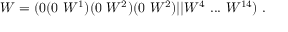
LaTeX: W = ( 0 ( 0 ~ W ^ { 1 } ) ( 0 ~ W ^ { 2 } ) ( 0 ~ W ^ { 2 } ) \vert \vert W ^ { 4 } ~ . . . ~ W ^ { 1 4 } ) ~ .